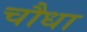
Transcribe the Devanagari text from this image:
चौधा